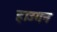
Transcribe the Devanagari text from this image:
हाउगन